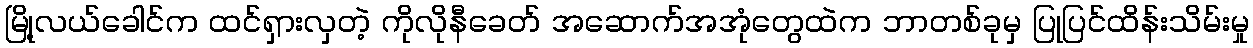
မြို့လယ်ခေါင်က ထင်ရှားလှတဲ့ ကိုလိုနီခေတ် အဆောက်အအုံတွေထဲက ဘာတစ်ခုမှ ပြုပြင်ထိန်းသိမ်းမှု